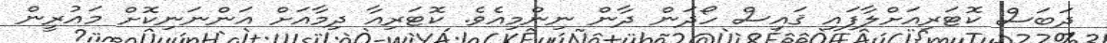
ދަބަސް ކޮޓަރިއަށްލާފައި ޤައިސް ހޯދަން ދާން ނިންމިއެވެ. ކޮޓަރިއާ ދިމާއަށް އަންނަނިކޮށް މައުރީން